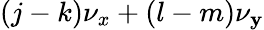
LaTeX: (j-k)\nu_{x}+(l-m)\nu_{\mathbf{y}}